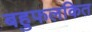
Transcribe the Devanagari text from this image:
बहुफलकित